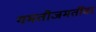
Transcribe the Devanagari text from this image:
गमतीजमतींवर